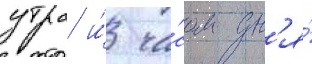
утра и́ ча́сом дн'я́